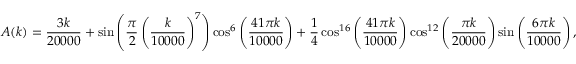
A ( k ) = { \frac { 3 k } { 2 0 0 0 0 } } + \sin \left( { \frac { \pi } { 2 } } \left( { \frac { k } { 1 0 0 0 0 } } \right) ^ { 7 } \right) \cos ^ { 6 } \left( { \frac { 4 1 \pi k } { 1 0 0 0 0 } } \right) + { \frac { 1 } { 4 } } \cos ^ { 1 6 } \left( { \frac { 4 1 \pi k } { 1 0 0 0 0 } } \right) \cos ^ { 1 2 } \left( { \frac { \pi k } { 2 0 0 0 0 } } \right) \sin \left( { \frac { 6 \pi k } { 1 0 0 0 0 } } \right) ,